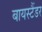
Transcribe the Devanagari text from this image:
बायस्टैंडर